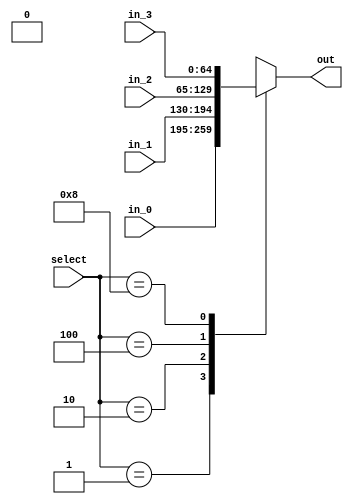
module selector_4_1 #(
    parameter DATA_WIDTH = 65
)(
    input      [DATA_WIDTH - 1 : 0] in_0,
    input      [DATA_WIDTH - 1 : 0] in_1,
    input      [DATA_WIDTH - 1 : 0] in_2,
    input      [DATA_WIDTH - 1 : 0] in_3,
    input      [3              : 0] select,
    output reg [DATA_WIDTH - 1 : 0] out
);

    always @(*) begin
        case(select)
            4'b0001: out = in_0;
            4'b0010: out = in_1;
            4'b0100: out = in_2;
            4'b1000: out = in_3;
            default: out = {1'b0, {(DATA_WIDTH - 1){1'bx}}};
        endcase
    end

endmodule